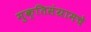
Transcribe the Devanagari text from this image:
मुक्तिसंग्रामचे